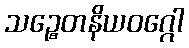
သဉ္စေတနိယဝဂ္ဂေါ